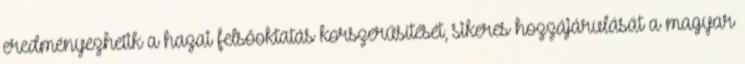
eredményezhetik a hazai felsőoktatás korszerűsítését, sikeres hozzájárulását a magyar